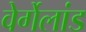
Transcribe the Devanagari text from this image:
वेर्गेलांड